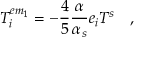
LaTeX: T _ { i } ^ { e m _ { 1 } } = - \frac { 4 } { 5 } \frac { \alpha } { \alpha _ { s } } e _ { i } T ^ { s } \quad ,